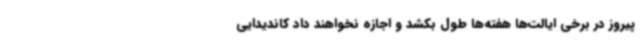
پیروز در برخی ایالت‌ها هفته‌ها طول بکشد و اجازه نخواهند داد کاندیدایی